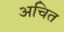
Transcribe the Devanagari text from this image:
अचित